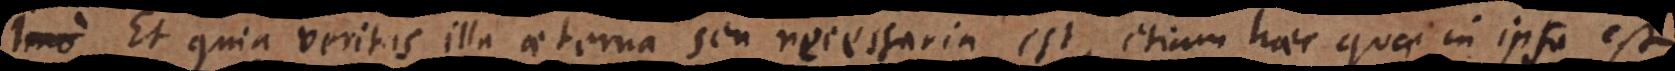
Et quia veritas illa aeterna seu necessaria est, etiam haec quae in ipsa est